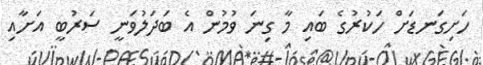
ހަށިގަނޑަށް ހަކުރުގެ ބައި މާ ގިނަ ވުމުން އެ ބަދަލުވަނީ ސަރުބީ އަށާއި